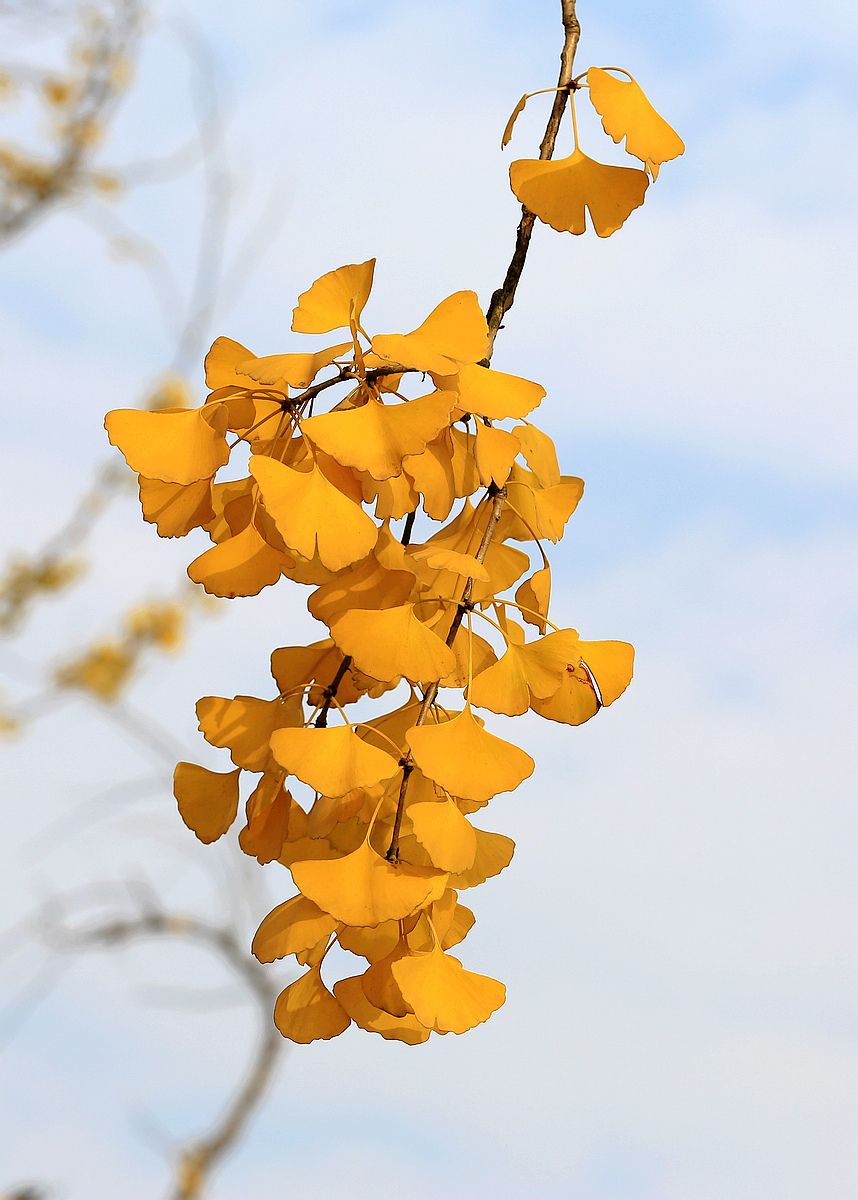
山明水净夜来霜，数树深红出浅黄。